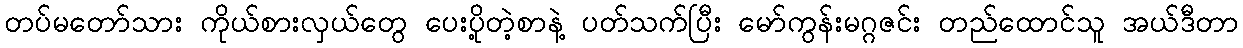
တပ်မတော်သား ကိုယ်စားလှယ်တွေ ပေးပို့တဲ့စာနဲ့ ပတ်သက်ပြီး မော်ကွန်းမဂ္ဂဇင်း တည်ထောင်သူ အယ်ဒီတာ